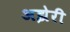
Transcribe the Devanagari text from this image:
अझेरी